Report on plague and inoculation in the Punjab from October 1st ... to September 30th..., being the ... season of plague in the province
Disease focus: Plague
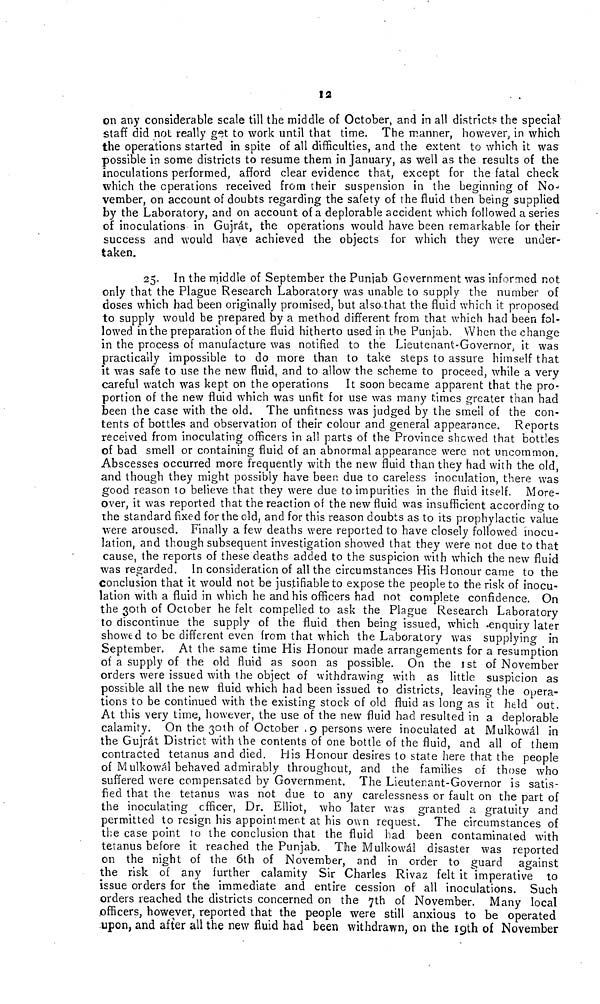
12
on any considerable scale till the middle of October, and in all districts the special-
staff did not really get to work until that time. The manner, however, in which
the operations started in spite of all difficulties, and the extent to which it was
possible in some districts to resume them in January, as well as the results of the
inoculations performed, afford clear evidence that, except for the fatal check
which the operations received from their suspension in the beginning of No-
vember, on account of doubts regarding the safety of the fluid then being supplied
by the Laboratory, and on account of a deplorable accident which followed a series
of inoculations in Gujrát, the operations would have been remarkable for their
success and would have achieved the objects for which they were under-
taken.
25. In the middle of September the Punjab Government was informed not
only that the Plague Research Laboratory was unable to supply the number of
doses which had been originally promised, but also that the fluid which it proposed
to supply would be prepared by a method different from that which had been fol-
lowed in the preparation of the fluid hitherto used in the Punjab. When the change
in the process of manufacture was notified to the Lieutenant-Governor, it was
practically impossible to do more than to take steps to assure himself that
it was safe to use the new fluid, and to allow the scheme to proceed, while a very
careful watch was kept on the operations It soon became apparent that the pro-
portion of the new fluid which was unfit for use was many times greater than had
been the case with the old. The unfitness was judged by the smell of the con-
tents of bottles and observation of their colour and general appearance. Reports
received from inoculating officers in all parts of the Province shewed that bottles
of bad smell or containing fluid of an abnormal appearance were not uncommon.
Abscesses occurred more frequently with the new fluid than they had with the old,
and though they might possibly have been due to careless inoculation, there was
good reason to believe that they were due to impurities in the fluid itself. More-
over, it was reported that the reaction of the new fluid was insufficient according to
the standard fixed for the old, and for this reason doubts as to its prophylactic value
were aroused. Finally a few deaths were reported to have closely followed inocu-
lation, and though subsequent investigation showed that they were not due to that
cause, the reports of these deaths added to the suspicion with which the new fluid
was regarded. In consideration of all the circumstances His Honour came to the
conclusion that it would not be justifiable to expose the people to the risk of inocu-
lation with a fluid in which he and his officers had not complete confidence. On
the 30th of October he felt compelled to ask the Plague Research Laboratory
to discontinue the supply of the fluid then being issued, which -enquiry later
showed to be different even from that which the Laboratory was supplying in
September. At the same time His Honour made arrangements for a resumption
of a supply of the old fluid as soon as possible. On the Ist of November
orders were issued with the object of withdrawing with as little suspicion as
possible all the new fluid which had been issued to districts, leaving the opera-
tions to be continued with the existing stock of old fluid as long as it held out.
At this very time, however, the use of the new fluid had resulted in a deplorable
calamity. On the 30th of October .9 persons were inoculated at Mulkowál in
the Gujrát District with the contents of one bottle of the fluid, and all of them
contracted tetanus and died. His Honour desires to state here that the people
of Mulkowál behaved admirably throughout, and the families of those who
suffered were compensated by Government. The Lieutenant-Governor is satis-
fied that the tetanus was not due to any carelessness or fault on the part of
the inoculating officer, Dr. Elliot, who later was granted a gratuity and
permitted to resign his appointment at his own request. The circumstances of
the case point to the conclusion that the fluid had been contaminated with
tetanus before it reached the Punjab. The Mulkowál disaster was reported
on the night of the 6th of November, and in order to guard against
the risk of any further calamity Sir Charles Rivaz felt it imperative to
issue orders for the immediate and entire cession of all inoculations. Such
orders reached the districts concerned on the 7th of November. Many local
officers, however, reported that the people were still anxious to be operated
upon, and after all the new fluid had been withdrawn, on the 19th of November